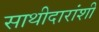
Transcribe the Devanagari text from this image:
साथीदारांशी